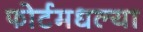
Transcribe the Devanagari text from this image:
फोर्टमधल्या